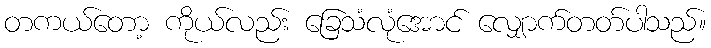
တကယ်တော့ ကိုယ်လည်း ခြေသံလုံအောင် လျှောက်တတ်ပါသည်။